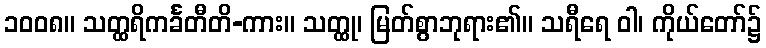
၁၀၀၈။ သတ္ထရိကင်္ခတီတိ-ကား။ သတ္ထု၊ မြတ်စွာဘုရား၏။ သရီရေ ဝါ၊ ကိုယ်တော်၌